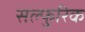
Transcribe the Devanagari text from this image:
सल्फुरिक